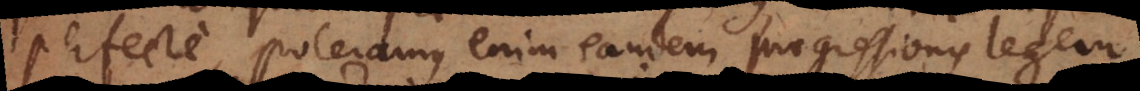
perfecte, poteramus enim eandem progressionis legem